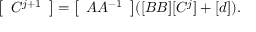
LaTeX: { \left[ \begin{array} { l } { C ^ { j + 1 } } \end{array} \right] } = { \left[ \begin{array} { l } { A A ^ { - 1 } } \end{array} \right] } ( [ B B ] [ C ^ { j } ] + [ d ] ) .